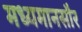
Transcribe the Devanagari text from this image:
मध्यमानसौर